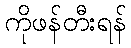
ကိုဖန်တီးရန်